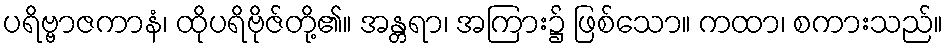
ပရိဗ္ဗာဇကာနံ၊ ထိုပရိဗိုဇ်တို့၏။ အန္တရာ၊ အကြား၌ ဖြစ်သော။ ကထာ၊ စကားသည်။